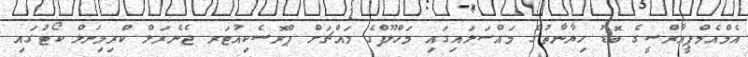
އެމްއެމްޕީއާރްސީގެ ބޮޑު ހިޔާނާތުގެ މައްސަލައިގައި މަހްލޫފްގެ މައްޗަށް ޕްރޮސެކިއުޓަރ ޖެނެރަލް ކްރިމިނަލް ކޯޓުގައި